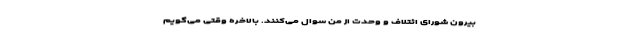
بیرون شورای ائتلاف و وحدت از من سوال می‌کنند. بالاخره وقتی می‌گویم